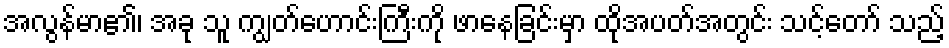
အလွန်မာ၏၊ အခု သူ ကျွတ်ဟောင်းကြီးကို ဖာနေခြင်းမှာ ထိုအပတ်အတွင်း သင့်တော် သည့်